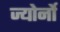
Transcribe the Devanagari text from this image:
ज्योर्नो